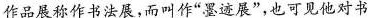
作品展称作书法展，而叫作”墨迹展”，也可见他对书